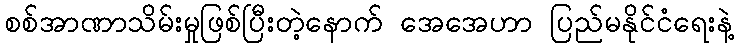
စစ်အာဏာသိမ်းမှုဖြစ်ပြီးတဲ့နောက် အေအေဟာ ပြည်မနိုင်ငံရေးနဲ့